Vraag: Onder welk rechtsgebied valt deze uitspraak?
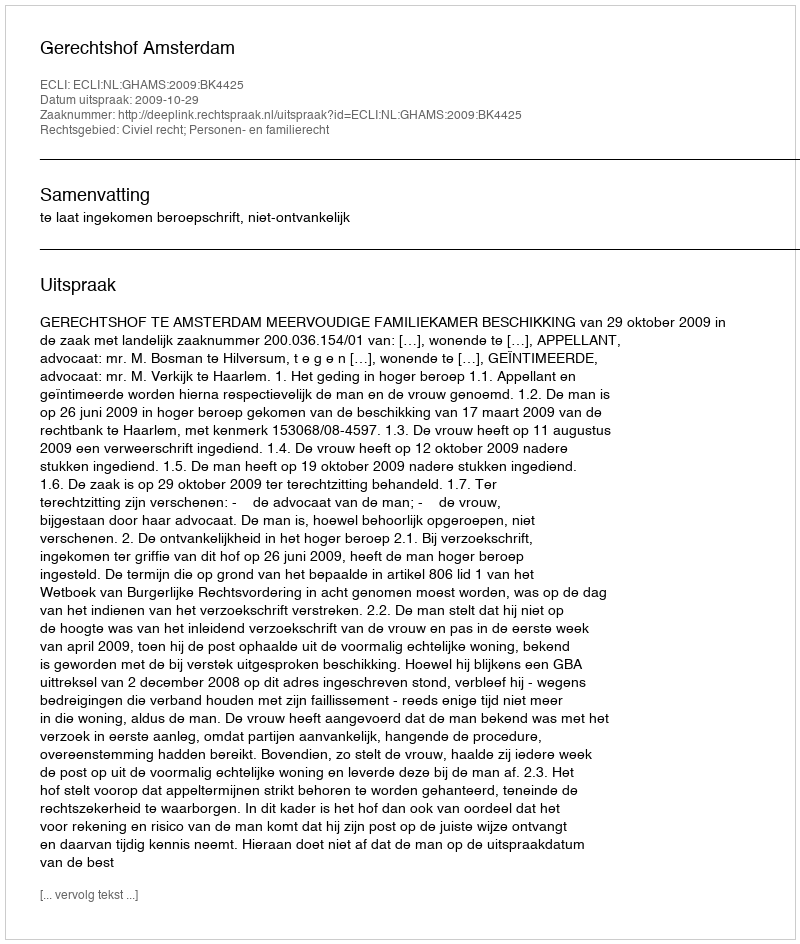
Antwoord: Civiel recht; Personen- en familierecht